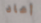
أعاد